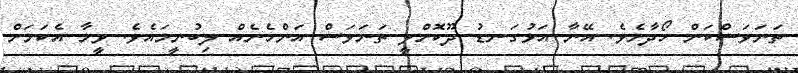
ތަނަވަސްކަން ހޯދާށެވެ. އޭނާ އަޅުގަނޑު ދޫކޮށްލީ ތަނަވަސް އަންހެނެއް ލިބުނީމައެވެ. ވީމާ އެކަމަށް